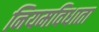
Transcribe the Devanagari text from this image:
नियमविधाता